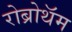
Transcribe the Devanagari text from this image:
रोब्रोथॅम